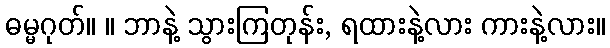
ဓမ္မဂုတ်။ ။ ဘာနဲ့ သွားကြတုန်း, ရထားနဲ့လား ကားနဲ့လား။